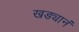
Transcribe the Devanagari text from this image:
खड्यानं